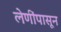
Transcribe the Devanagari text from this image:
लेणींपासून